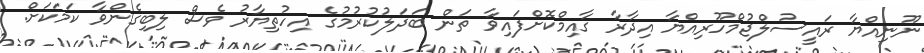
ނޫނިއްޔާ ރައީސުލްޖުމްހޫރިއްޔާ އިދާރާ ގާއިމްކޮށްފައިވާ ތަން ބަދަލުކުރުމުގެ އިހުތިޔާރު ވެސް ލިބިގެންވާ ކަމަކަށް.